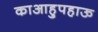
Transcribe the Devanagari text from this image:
काआहुपहाऊ